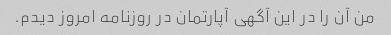
من آن را در این آگهی آپارتمان در روزنامه امروز دیدم.